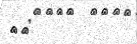
٢٨